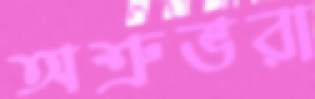
অশ্রুভরা